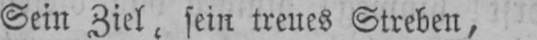
Sein Ziel, sein treues Streben,